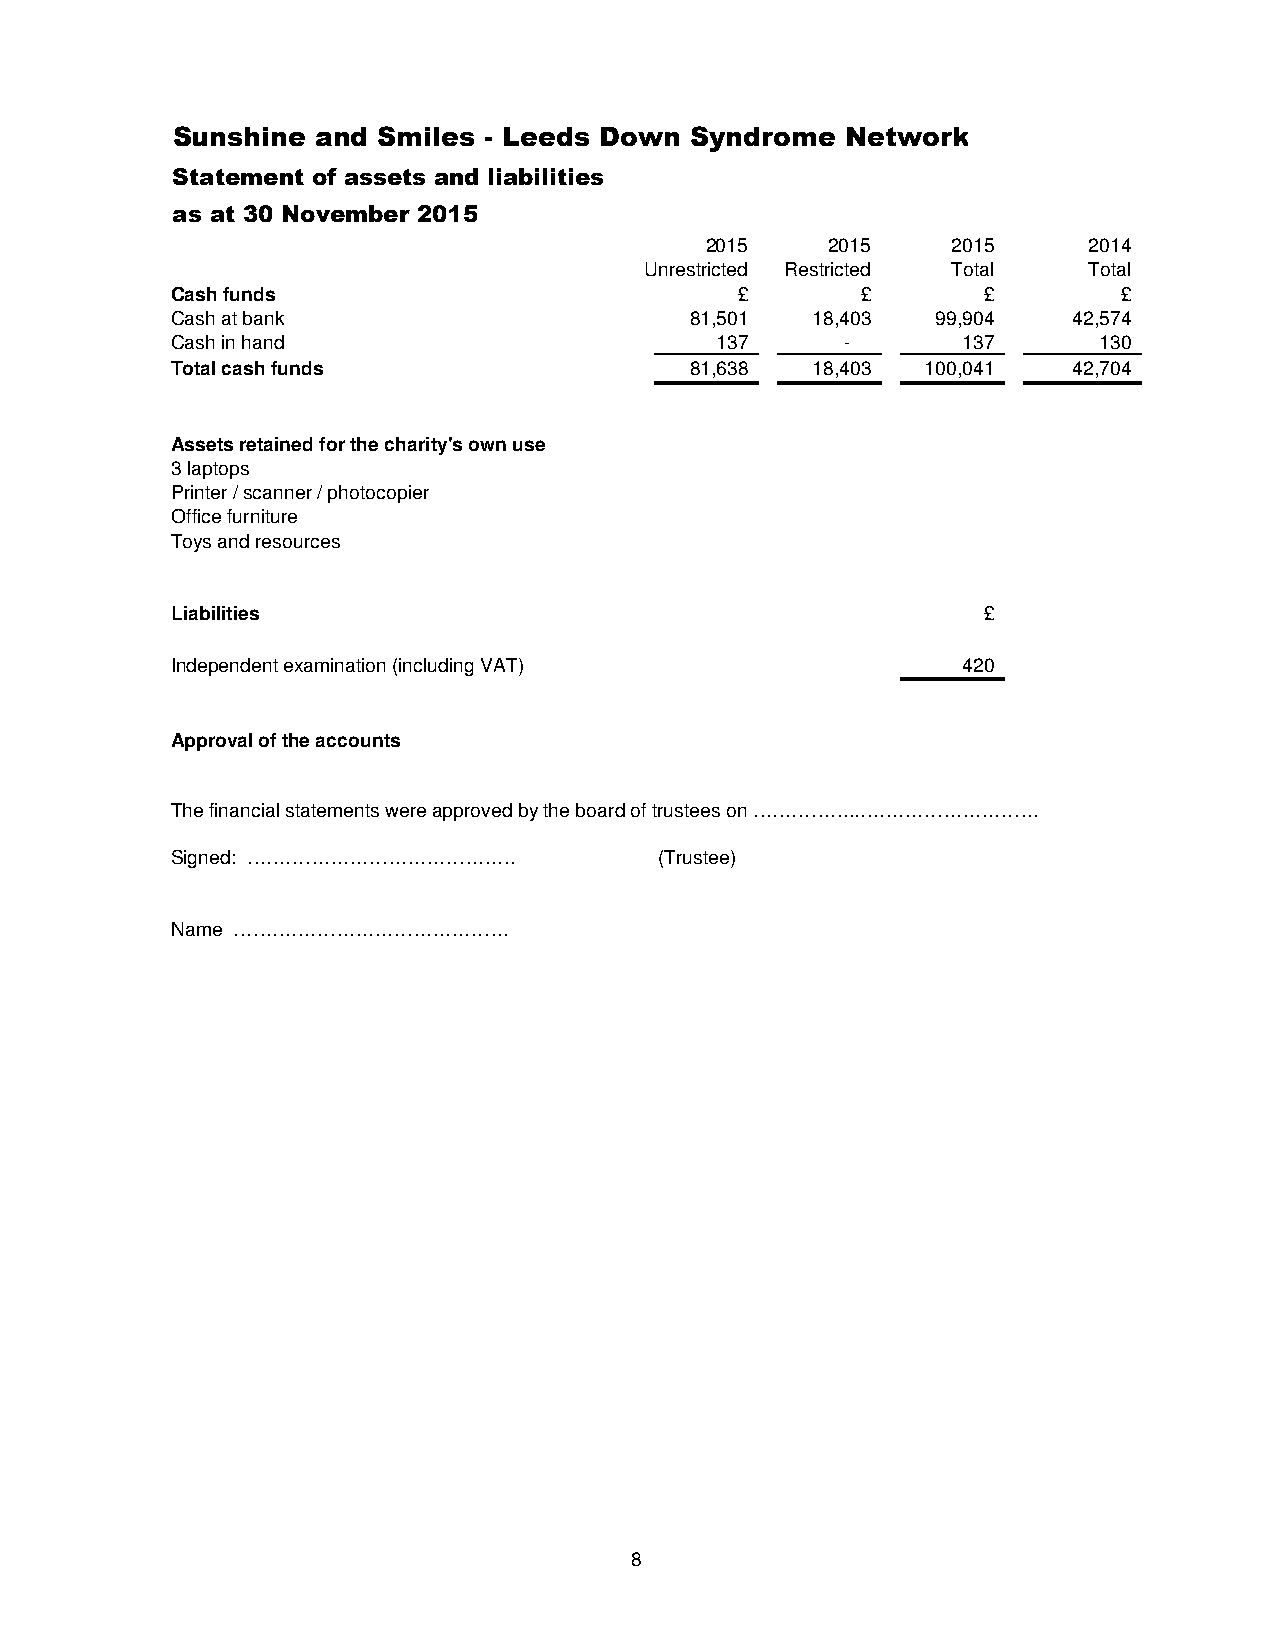
Sunshine  and Smiles - Leeds Down  Syndrome  Network
 Statement of assets and liabilities
 as at 30 November 2015
 2015    2015    2015     2014
 Unrestricted Restricted Total Total
 Cash funds                            £       £       £        £
 Cash at bank                       81,501  18,403  99,904   4 2,574
 Cash in hand                        137      -       137      1 30
 Total cash funds                   81,638  18,403 100,041   42,704
 Assets retained for the charity's own use
 3 laptops
 Printer / scanner / photocopier
 Office furniture
 Toys and resources
 Liabilities                                           £
 Independent examination (including VAT)              420
 Approval of the accounts
 The financial statements were approved by the board of trustees on ……………..……………………….
 Signed: ……………………………………           (Trustee)
 Name …………………………………….
 8